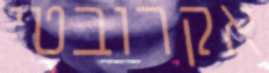
אקרובטי